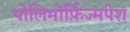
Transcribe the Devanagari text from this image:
पोलिमोर्फ़िज्मपेश